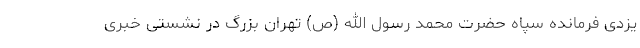
یزدی فرمانده سپاه حضرت محمد رسول الله (ص) تهران بزرگ در نشستی خبری